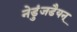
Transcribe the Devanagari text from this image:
नेडुंजडैयन्